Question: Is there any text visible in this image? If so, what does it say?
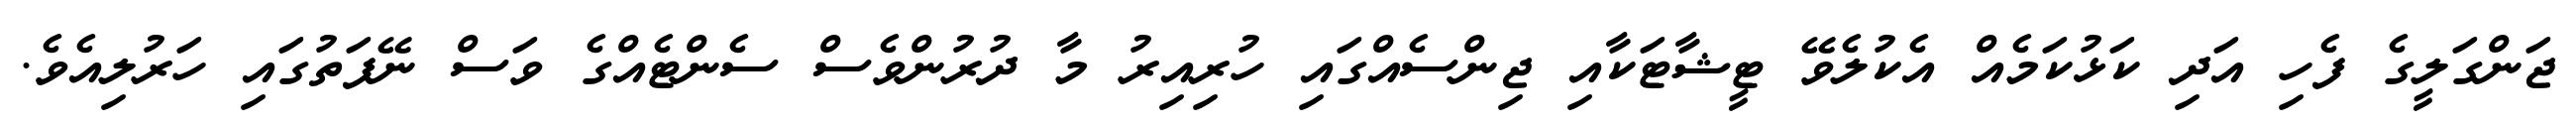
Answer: ޖަންގަލީގެ ފެހި އަދި ކަޅުކަމެއް އެކުލެވޭ ޓީޝާޓަކާއި ޖިންސެއްގައި ހުރިއިރު މާ ދުރުންވެސް ސެންޓެއްގެ ވަސް ނޭފަތުގައި ހަރުލިއެވެ.